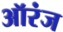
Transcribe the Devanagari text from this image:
ऑरंज